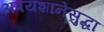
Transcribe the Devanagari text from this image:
अपयशानेसुद्धा